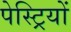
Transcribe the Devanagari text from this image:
पेस्ट्रियों